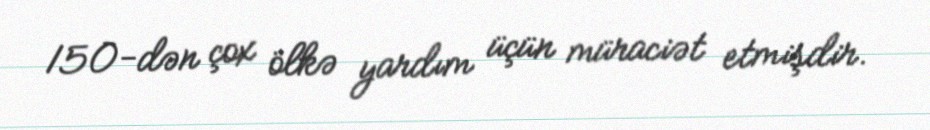
150-dən çox ölkə yardım üçün müraciət etmişdir.